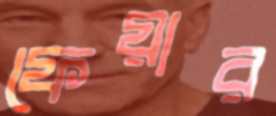
ফেয়ার